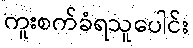
ကူးစက်ခံရသူပေါင်း